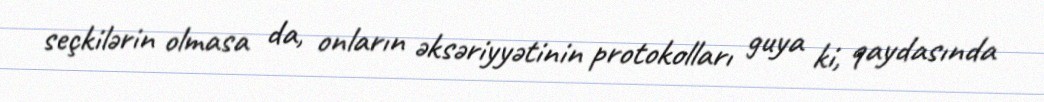
seçkilərin olmasa da, onların əksəriyyətinin protokolları guya ki, qaydasında